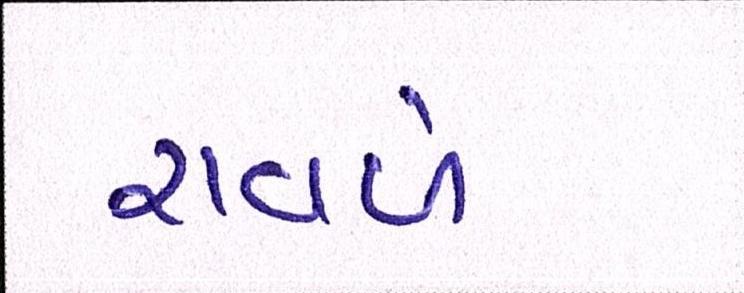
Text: રાવળે